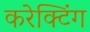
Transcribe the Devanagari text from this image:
करेक्टिंग